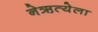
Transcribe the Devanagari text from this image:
नेऋत्येला